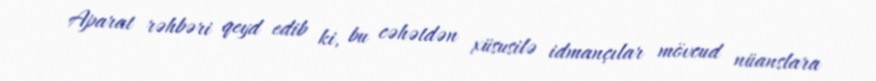
Aparat rəhbəri qeyd edib ki, bu cəhətdən xüsusilə idmançılar mövcud nüanslara